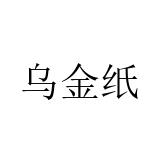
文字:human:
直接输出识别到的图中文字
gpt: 乌金纸